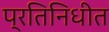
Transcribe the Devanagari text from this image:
प्रतिनिधीत